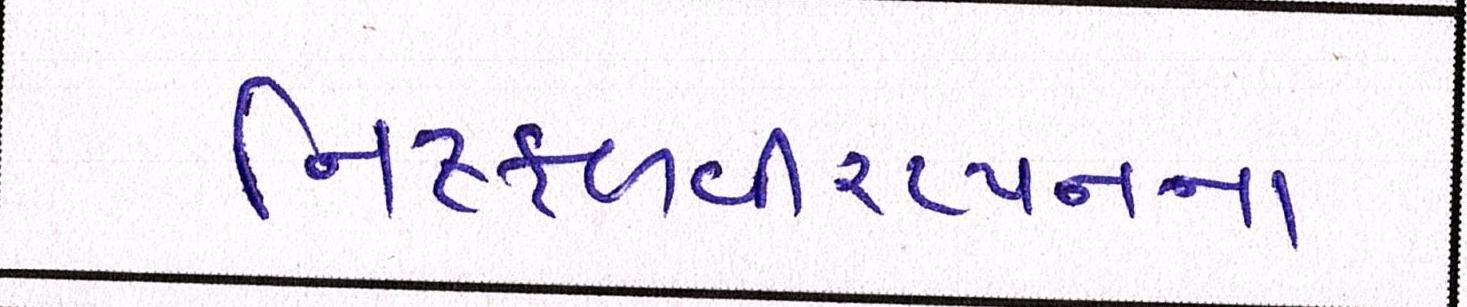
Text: નિષ્ફળવીરપ્પનના